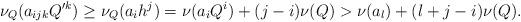
LaTeX: \begin{align*}\nu_Q(a_{ijk}Q'^k)\geq \nu_Q(a_ih^j)=\nu(a_iQ^i)+(j-i)\nu(Q)>\nu(a_l)+(l+j-i)\nu(Q).\end{align*}